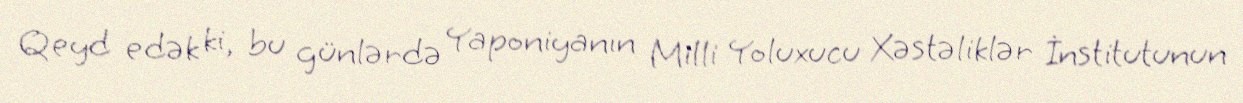
Qeyd edək ki, bu günlərdə Yaponiyanın Milli Yoluxucu Xəstəliklər İnstitutunun